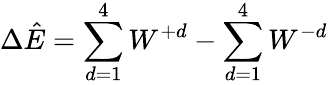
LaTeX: \Delta\hat{E}=\sum_{d=1}^{4}W^{+d}-\sum_{d=1}^{4}W^{-d}